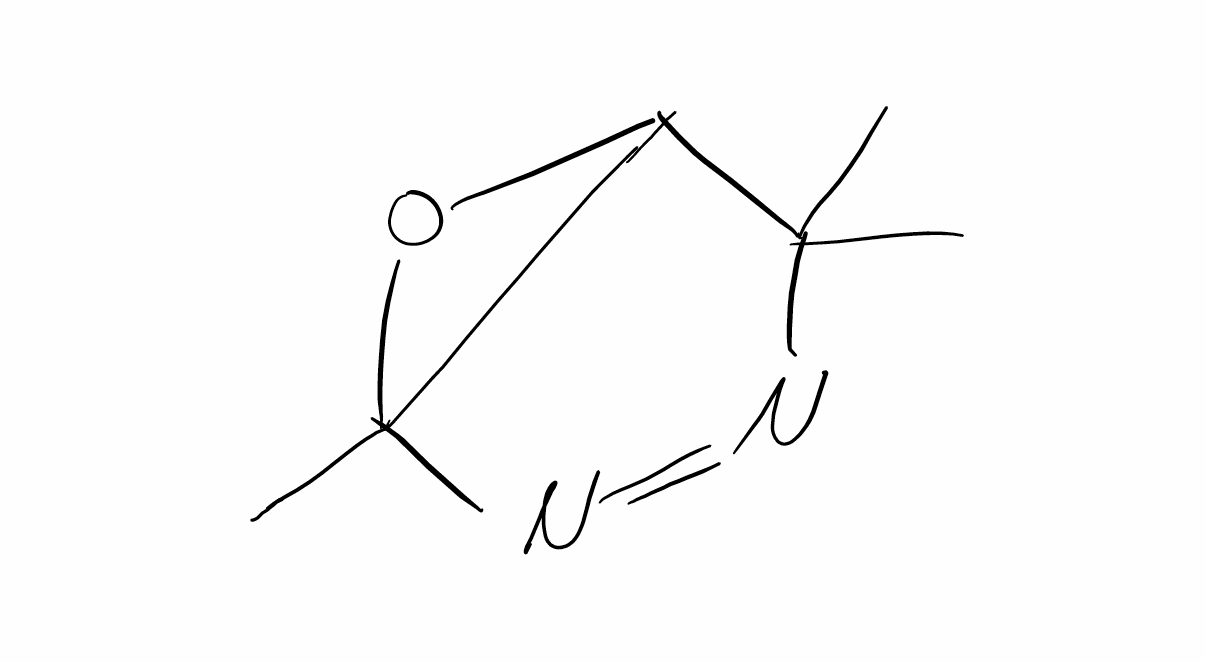
Simplified molecular-input line-entry system (SMILES) notation of the given molecule:
CC1(C2C(O2)(N=N1)C)C